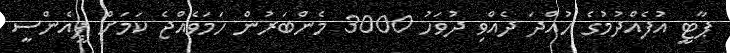
ޕާޓީ އުފެއްދުމުގެ ހުއްދަ ދެއްވި ދުވަހު 3000 މެންބަރުން ހަމަވެއްޖެ ކަމަށް ޕީއެންސީ